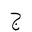
Letter: _gim